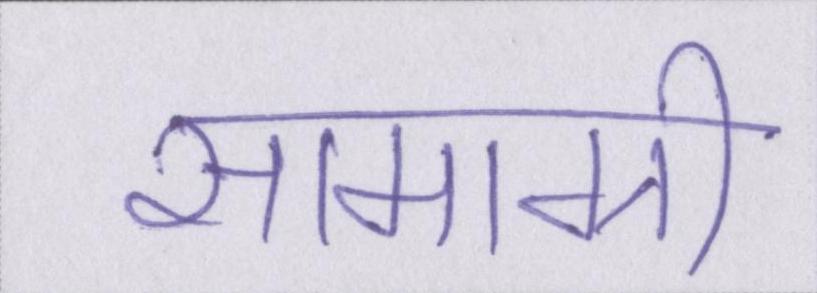
सामाग्री